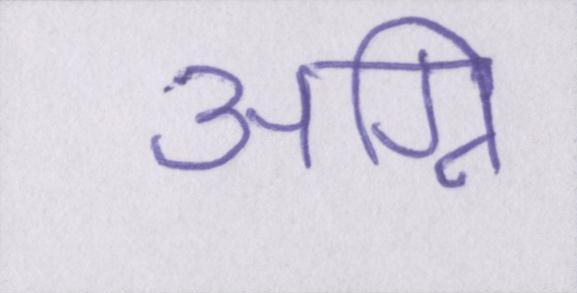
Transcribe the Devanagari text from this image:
अग्नि